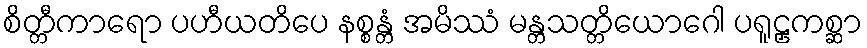
စိတ္တီကာရော ပဟီယတိပေ နစ္စန္တံ အမိဿံ မန္တသတ္တိယောဂေါ ပရူဠှကစ္ဆာ